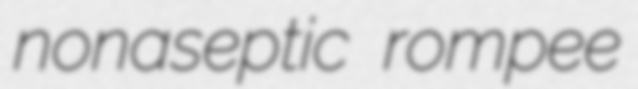
nonaseptic rompee